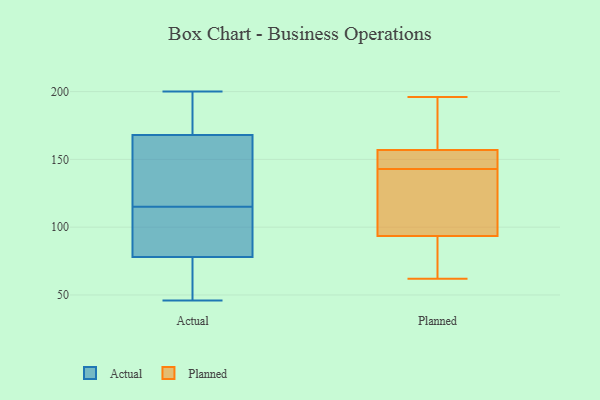
{"axis": {"x": "Latency (ms)", "y": "Value"}, "legend": ["Actual", "Planned"], "data": [{"x": "", "y": 183, "type": "Actual"}, {"x": "", "y": 97, "type": "Actual"}, {"x": "", "y": 191, "type": "Actual"}, {"x": "", "y": 165, "type": "Actual"}, {"x": "", "y": 46, "type": "Actual"}, {"x": "", "y": 78, "type": "Actual"}, {"x": "", "y": 116, "type": "Actual"}, {"x": "", "y": 60, "type": "Actual"}, {"x": "", "y": 76, "type": "Actual"}, {"x": "", "y": 148, "type": "Actual"}, {"x": "", "y": 114, "type": "Actual"}, {"x": "", "y": 200, "type": "Actual"}, {"x": "", "y": 89, "type": "Actual"}, {"x": "", "y": 168, "type": "Actual"}, {"x": "", "y": 102, "type": "Planned"}, {"x": "", "y": 142, "type": "Planned"}, {"x": "", "y": 196, "type": "Planned"}, {"x": "", "y": 62, "type": "Planned"}, {"x": "", "y": 73, "type": "Planned"}, {"x": "", "y": 144, "type": "Planned"}, {"x": "", "y": 85, "type": "Planned"}, {"x": "", "y": 167, "type": "Planned"}, {"x": "", "y": 146, "type": "Planned"}, {"x": "", "y": 150, "type": "Planned"}, {"x": "", "y": 164, "type": "Planned"}, {"x": "", "y": 122, "type": "Planned"}]}